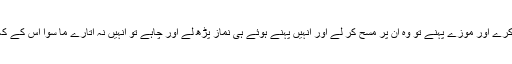
تم میں سے کوئی جب وضو کرے اور موزے پہنے تو وہ ان پر مسح کر لے اور انہیں پہنے ہوئے ہی نماز پڑھ لے اور چاہے تو انہیں نہ اتارے ما سوا اس کے کہ اسے جنابت لاحق ہو جائے۔